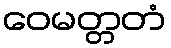
ဝေမတ္တတံ